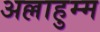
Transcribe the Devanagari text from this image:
अल्लाहुम्म